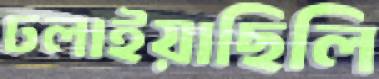
ঢলাইয়াছিলি